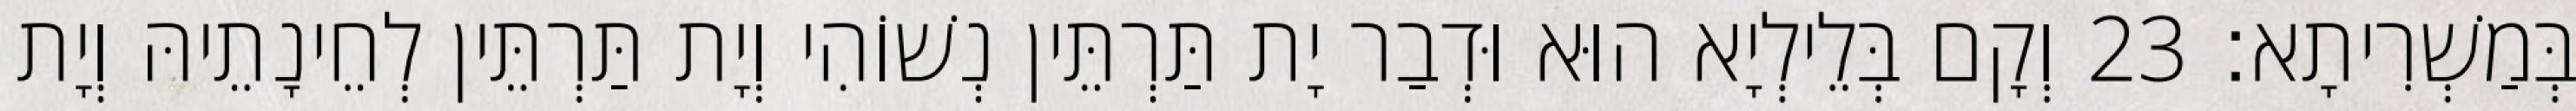
בְּמַשְׁרִיתָא׃ 23 וְקָם בְּלֵילְיָא הוּא וּדְבַר יָת תַּרְתֵּין נְשׁוֹהִי וְיָת תַּרְתֵּין לְחֵינָתֵיהּ וְיָת